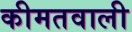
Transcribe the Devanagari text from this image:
कीमतवाली